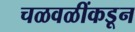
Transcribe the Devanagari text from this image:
चळवळींकडून